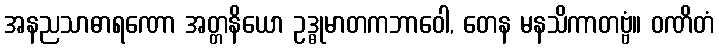
အနညသာဓာရဏော အတ္တနိယော ဥဒ္ဓုမာတကဘာဝေါ, တေန မနသိကာတဗ္ဗံ။ ဝဏိတံ